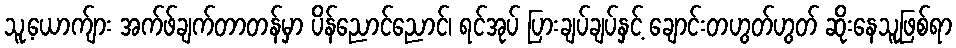
သူ့ယောက်ျား အက်ဖ်ချက်တာတန်မှာ ပိန်ညောင်ညောင်၊ ရင်အုပ် ပြားချပ်ချပ်နှင့် ချောင်းတဟွတ်ဟွတ် ဆိုးနေသူဖြစ်ရာ